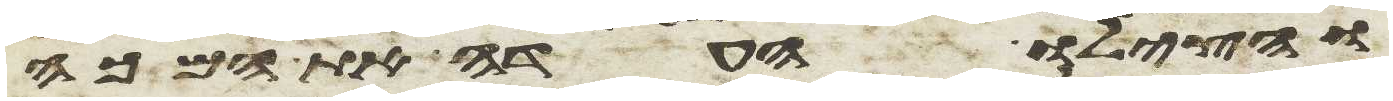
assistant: והצילו העדה את המכה